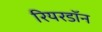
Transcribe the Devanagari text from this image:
रियरडॉन